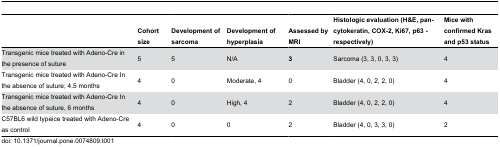
<table><thead><tr><td></td><td><b>Cohort size</b></td><td><b>Development of sarcoma</b></td><td><b>Development of hyperplasia</b></td><td><b>Assessed by MRI</b></td><td><b>Histologic evaluation (H&amp;E, pan-cytokeratin, COX-2, Ki67, p63 - respectively)</b></td><td><b>Mice with confirmed Kras and p53 status</b></td></tr></thead><tbody><tr><td>Transgenic mice treated with Adeno-Cre in the presence of suture</td><td>5</td><td>5</td><td>N/A</td><td><b>3</b></td><td>Sarcoma (3, 3, 0, 3, 3)</td><td>4</td></tr><tr><td>Transgenic mice treated with Adeno-Cre In the absence of suture; 4.5 months</td><td>4</td><td>0</td><td>Moderate, 4</td><td>0</td><td>Bladder (4, 0, 2, 2, 0)</td><td>4</td></tr><tr><td>Transgenic mice treated with Adeno-Cre In the absence of suture, 6 months</td><td>4</td><td>0</td><td>High, 4</td><td>2</td><td>Bladder (4, 0, 2, 2, 0)</td><td>4</td></tr><tr><td>C57BL6 wild typeice treated with Adeno-Cre as control</td><td>4</td><td>0</td><td>0</td><td>2</td><td>Bladder (4, 0, 3, 3, 0)</td><td>2</td></tr></tbody></table>